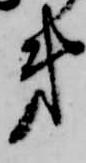
弟